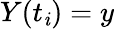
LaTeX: Y(t_{\mathit{i}})=y